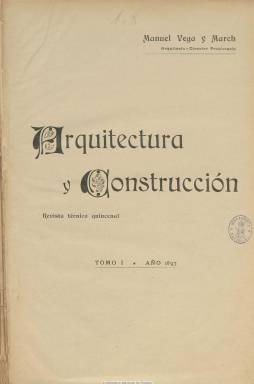
Título: Arquitectura y construcción (Barcelona)
Otros títulos: Arqvitectvra y constrvcción, 1917-1922 || Arqvitectvra y constrvcción || Anuario de la construcción || Anuario de la construcción (Barcelona)
Colección: Arquitectura y construcción
Ámbito geográfico: Barcelona
Lugar de publicación: Barcelona
Fechas: 08/03/1897-31/12/1922

Comienza a publicarse el ocho de marzo de 1897, como revista técnica quincenal “indispensable para las clases constructoras”, una vez que deja de hacerlo la Revista de la Asociación de Arquitectos de Cataluña. Lo hace en entregas de dieciséis páginas, hasta que en 1902, se hace mensual, incrementando su paginación, generalmente a 44 páginas, formando hasta 1916 una colección de veinte tomos. Desde 1917 a 1923, será anuario, formando una colección de cinco tomos de esta su segunda serie o época, con volúmenes que superan las 400 páginas y llega alguno a más de 700. Coincide su publicación con la expansión del modernismo en la edificación y las artes decorativas, desde finales de siglo diecinueve y principios del veinte, convirtiéndose en una de las principales publicaciones periódicas de carácter técnico, artístico y profesional de la arquitectura y las artes ornamentales y decorativas.

Su propietario, editor y director es el arquitecto catalán Manuel Vega y March (1871-1931) y en sus páginas convergen destacados arquitectos de las escuelas barcelonesa y madrileña con artículos, estudios y proyectos, tanto de carácter teórico y doctrinal, como histórico y práctico. A ello se añaden sus excelentes ilustraciones, que al comienzo serán escasas, pero que después inundarán sus entregas, con fotografías, láminas, reproducciones, planos o retratos, algunas de ellas en color y fuera de texto, no sólo de edificaciones de la época sino también de otras monumentales e históricas. Insertará grabados y láminas del Templo de la Sagrada Familia o del Hotel Maza, de Madrid, o de un nuevo puente sobre el Rhin, o de las obras del Canal de Panamá y de la Exposición Internacional de San Francisco de California de 1915

El estilo de su cabecera y su subtítulo irá asimismo variando. Se identificará como “revista mensual ilustrada” de bellas artes, decoración, industria, arte moderno e ingeniería, y, al final, como “resumen anual de arquitectura, bellas artes, ingeniería, decoración e industrias constructivas, así en España como en el extranjero”. Sus contenidos se referirán por tanto a asuntos españoles como a internacionales (sobre la arquitectura francesa, portuguesa, italiana, suiza, inglesa, alemana, austriaca, argentina, estadounidense, rusa, etc.), y prestará atención a exposiciones y congresos, como el VI Congreso Internacional de Arquitectura, celebrado en Madrid en 1904, o los nacionales de Sevilla o San Sebastián.

Se estructura en secciones, como las de Crónicas científicas, Sección varia, Negociados especiales, Revista universal de arquitectura, Actualidades, Revista nacional (desde Madrid), Bibliografía, Crónica general de la profesión o Movimiento constructivo, entre otras muchas. En 1901 inserta un suplemento bajo el epígrafe Boletín práctico; en 1906, una Crónica industrial; en 1908, un Boletín legislativo, y, en 1911, un Boletín de la Sociedad Central de Arquitectos.

Además de los artículos técnicos o doctrinales, ofrece información sobre subastas y adjudicaciones, concursos y proyectos tanto institucionales, municipales, industriales o particulares, y en los que participan alumnos de las escuelas de Madrid y Barcelona; sobre las reformas y desarrollos urbanos y arquitectónicos o de obras públicas, además de biografías, noticias y disposiciones oficiales, asuntos de enseñanza profesional o de escultura.

Entre las firmas de sus textos o de los trabajos de los que da cuenta aparecen, además de la de su director, Vega y March, la de José Torres Argullol, Luis María Cabello y Lapiedra (desde Madrid), Vicente Lamperez y Romea, Leonardo Rucabado, Demetrio Ribes, Aníbal González, Enrique Repullés y Vargas, Gonzalo Bringas, Luis Muncibill, R. Loredo, Font y Gumá, Marqués de Cubas o Almenar, entre otros.

También llegará a insertar anuncios comerciales y publicitarios que, cuando es anual, serán bastante numerosos, además de incluir un Anuario de la construcción, como guía informativa por provincias de arquitectos, ingenieros, maestros de obras, aparejadores, contratistas, industrias de la construcción o decoradores, entre otros profesionales, empresas y negocios relacionados con la arquitectura y sus artes e industrias anejas.